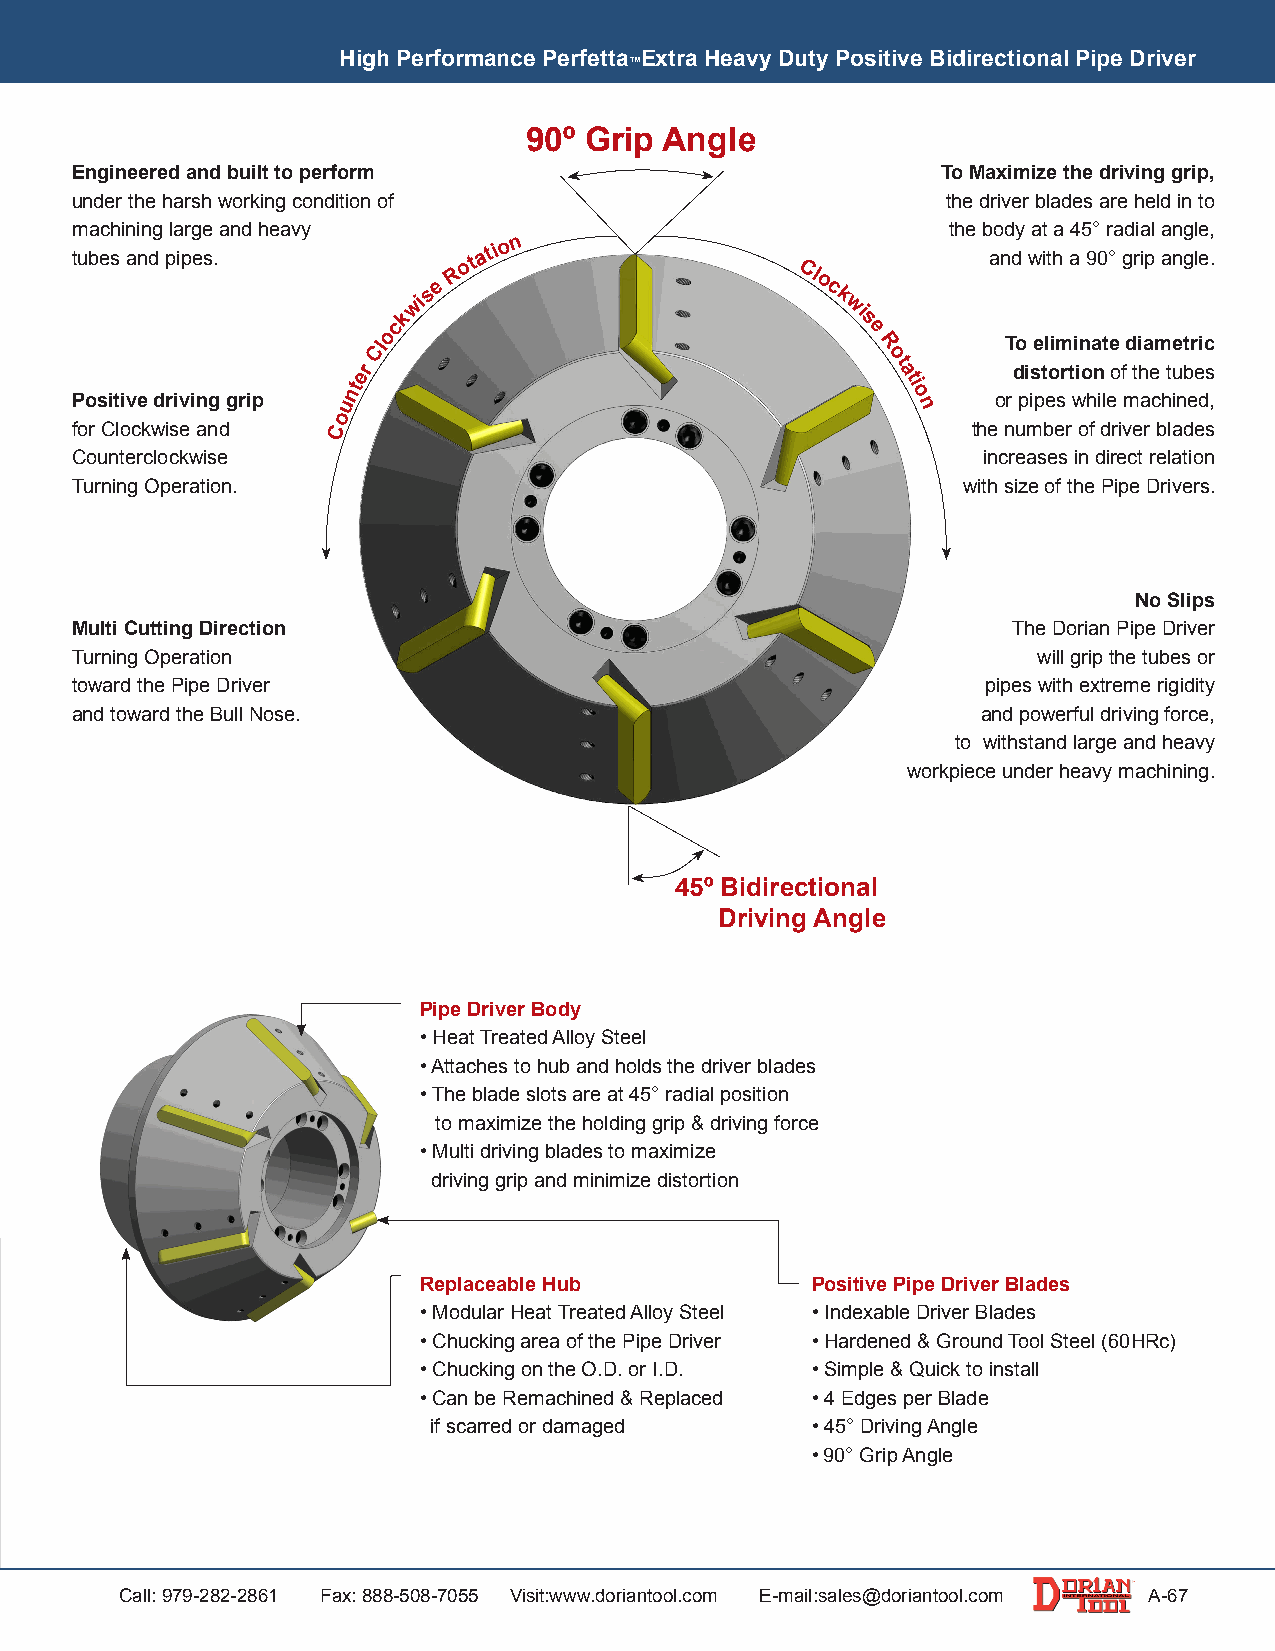
High Performance Perfetta Extra Heavy Duty Positive Bidirectional Pipe Driver
 ™
 90º Grip Angle
 Engineered and built to perform                          To Maximize the driving grip,
 under the harsh working condition of                      the driver blades are held in to
 machining large and heavy                                 the body at a 45° radial angle,
 tubes and pipes.          ota
 tio n
 and with a 90° grip angle.
 ockwise
 R                      Cl
 o c
 k
 wi
 s
 e
 Cl                               R        To eliminate diametric
 Positive driving grip
 unter
 ot
 a
 ti
 o
 n
 or
 d pi is pt eo sr t wio hn
 il
 eo f
 m
 th ae
 ch
 t iu nb ee ds
 ,
 o
 for Clockwise and C                                        the number of driver blades
 C Tuo ru nn inte gr c Olo pc ek rw ati is oe
 n .                                              w
 itin hc sr ie za es oe fs
 t
 hin
 e
 d Pir ie pc et Dre rl ia vetio rsn
 .
 No Slips
 Multi Cutting Direction                                       The Dorian Pipe Driver
 Turning Operation                                               will grip the tubes or
 toward the Pipe Driver                                      pipes with extreme rigidity
 and toward the Bull Nose.                                   and powerful driving force,
 to withstand large and heavy
 workpiece under heavy machining.
 45º Bidirectional
 Driving Angle
 Dorian Bull
 Pipe Driver Body
 Nose Live
 Center                      • Heat Treated Alloy Steel
 • Attaches to hub and holds the driver blades
 • The blade slots are at 45° radial position
 to maximize the holding grip & driving force
 • Multi driving blades to maximize
 driving grip and minimize distortion
 Replaceable Hub           Positive Pipe Driver Blades
 • Modular Heat Treated Alloy Steel • Index able Driver Blades
 • Chucking area of the Pipe Driver • Harde ned & Ground Tool Steel (60HRc)
 • Chucking on the O.D. or I.D. • Simple & Quick to install
 • Can be Remachined & Replaced • 4 Edg es per Blade
 if scarred or damaged    • 45° Driving Angle
 • 90° Grip Angle
 Call: 979-282-2861 Fax: 888-508-7055 Visit:www.doriantool.com E-mail:sales@doriantool.com A-67